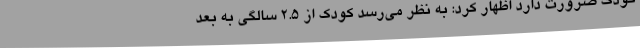
کودک ضرورت دارد اظهار کرد: به نظر می‌رسد کودک از 2.5 سالگی به بعد